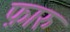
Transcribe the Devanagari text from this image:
फ़ारु